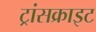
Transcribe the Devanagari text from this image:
ट्रांसक्राइट